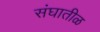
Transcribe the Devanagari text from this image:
संघातीळ